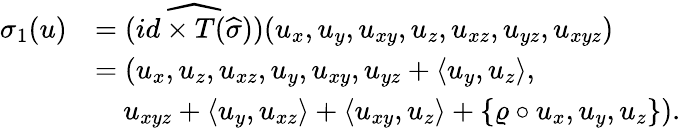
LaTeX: \begin{array}{rl}{\sigma_{1}(u)}&{=\widehat{(id\times T(\widehat{\sigma}))}(u_{x},u_{y},u_{xy},u_{z},u_{xz},u_{yz},u_{xyz})}\\ &{=(u_{x},u_{z},u_{xz},u_{y},u_{xy},u_{yz}+\langle u_{y},u_{z}\rangle,}\\ &{\quad u_{xyz}+\langle u_{y},u_{xz}\rangle+\langle u_{xy},u_{z}\rangle+\{ \varrho\circ u_{x},u_{y},u_{z}\} ).}\end{array}